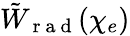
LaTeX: \tilde{W}_{\mathrm{~r~a~d~}}(\chi_{e})